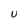
Character: U